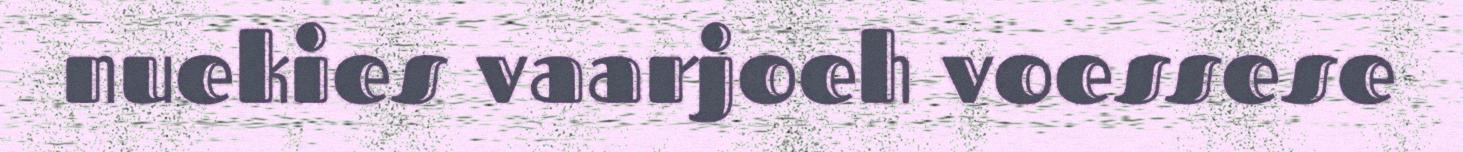
nuekies vaarjoeh voessese